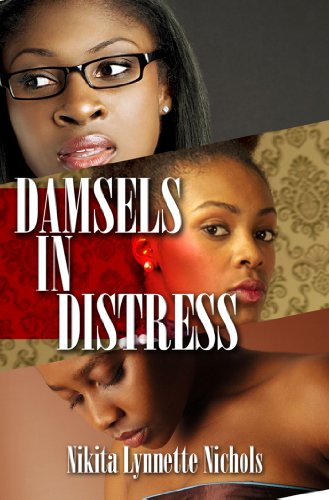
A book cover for Damsels in Distress (Urban Books); Nikita Lynnette Nichols; Literature & Fiction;